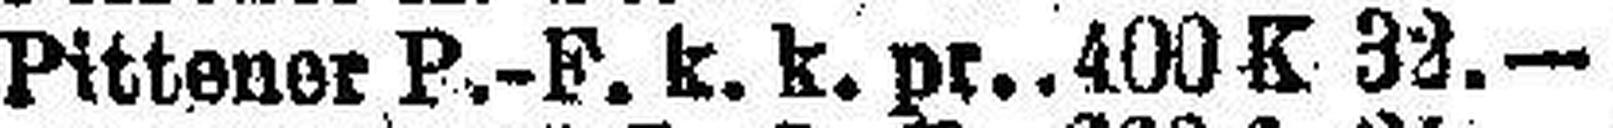
Pittener P.-F. k. k. pr. 400 K 32.—